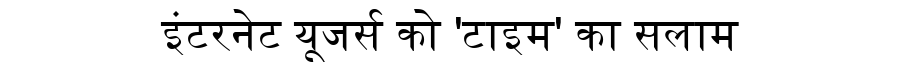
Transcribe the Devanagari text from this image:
इंटरनेट यूजर्स को 'टाइम' का सलाम